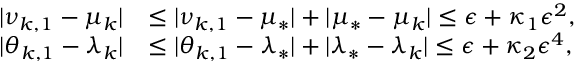
\begin{array} { r l } { | \nu _ { k , 1 } - \mu _ { k } | } & { \leq | \nu _ { k , 1 } - \mu _ { * } | + | \mu _ { * } - \mu _ { k } | \leq \epsilon + \kappa _ { 1 } \epsilon ^ { 2 } , } \\ { | \theta _ { k , 1 } - \lambda _ { k } | } & { \leq | \theta _ { k , 1 } - \lambda _ { * } | + | \lambda _ { * } - \lambda _ { k } | \leq \epsilon + \kappa _ { 2 } \epsilon ^ { 4 } , } \end{array}